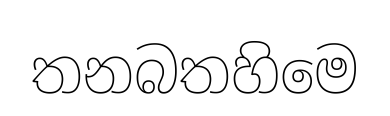
තනබතහිමෙ